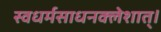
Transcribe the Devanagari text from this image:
स्वधर्मसाधनक्लेशात्‌।